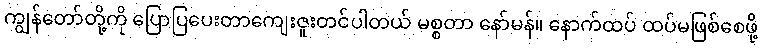
ကျွန်တော်တို့ကို ပြောပြပေးတာကျေးဇူးတင်ပါတယ် မစ္စတာ နော်မန်။ နောက်ထပ် ထပ်မဖြစ်စေဖို့